Scientific memoirs by medical officers of the Army of India - Part III,
Year: 1887
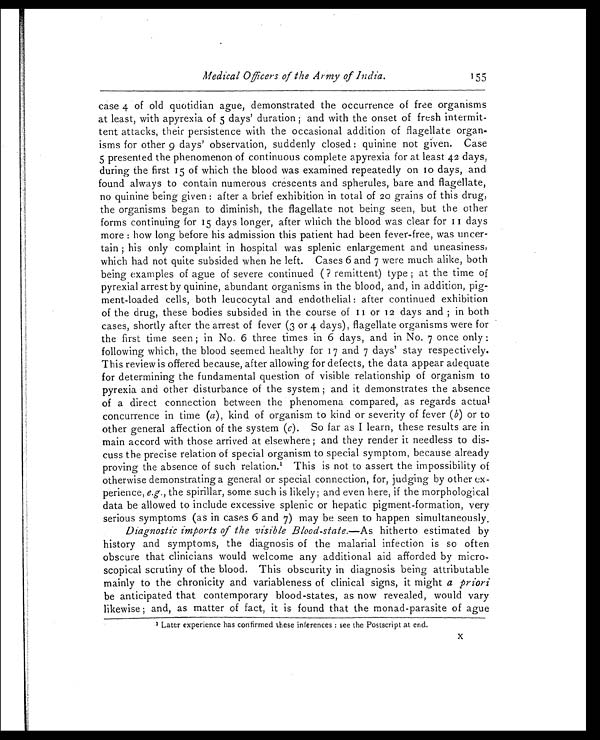
Medical Officers of the Army of India.
155
case 4 of old quotidian ague, demonstrated the occurrence of free organisms
at least, with apyrexia of 5 days’ duration ; and with the onset of fresh intermit-
-tent attacks, their persistence with the occasional addition of flagellate organ
-isms for other 9 days’ observation, suddenly closed : quinine not given. Case
5 presented the phenomenon of continuous complete apyrexia for at least 42 days,
during the first 15 of which the blood was examined repeatedly on 10 days, and
found always to contain numerous crescents and spherules, bare and flagellate,
no quinine being given : after a brief exhibition in total of 20 grains of this drug,
the organisms began to diminish, the flagellate not being seen, but the other
forms continuing for 15 days longer, after which the blood was clear for 11 days
more : how long before his admission this patient had been fever-free, was uncer- -
tain ; his only complaint in hospital was splenic enlargement and uneasiness,
which had not quite subsided when he left. Cases 6 and 7 were much alike, both
being examples of ague of severe continued ( ? remittent) type ; at the time of
pyrexial arrest by quinine, abundant organisms in the blood, and, in addition, pig- -
ment-loaded cells, both leucocytal and endothelial : after continued exhibition
of the drug, these bodies subsided in the course of 11 or 12 days and ; in both
cases, shortly after the arrest of fever (3 or 4 days), flagellate organisms were for
the first time seen ; in No. 6 three times in 6 days, and in No. 7 once only :
following which, the blood seemed healthy for 17 and 7 days’ stay respectively.
This review is offered because, after allowing for defects, the data appear adequate
for determining the fundamental question of visible relationship of organism to
pyrexia and other disturbance of the system ; and it demonstrates the absence
of a direct connection between the phenomena compared, as regards actual
concurrence in time ( a ), kind of organism to kind or severity of fever ( b) or to
other general affection of the system ( c). So far as I learn, these results are in
main accord with those arrived at elsewhere ; and they render it needless to dis- -
cuss the precise relation of special organism to special symptom, because already
proving the absence of such relation. 1 This is not to assert the impossibility of
otherwise demonstrating a general or special connection, for, judging by other ex- -
perience, e.g., the spirillar, some such is likely; and even here, if the morphological
data be allowed to include excessive splenic or hepatic pigment-formation, very
serious symptoms (as in cases 6 and 7) may be seen to happen simultaneously.
Diagnostic imports of the visible Blood-state. —As hitherto estimated by
history and symptoms, the diagnosis of the malarial infection is so often
obscure that clinicians would welcome any additional aid afforded by micro
- scopical scrutiny of the blood. This obscurity in diagnosis being attributable
mainly to the chronicity and variableness of clinical signs, it might a priori
be anticipated that contemporary blood-states, as now revealed, would vary
likewise ; and, as matter of fact, it is found that the monad-parasite of ague
1
Later experience has confirmed these inferences : see the Postscript at end. X